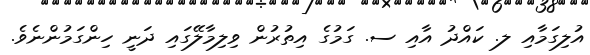
އުލިގަމާއި ލ. ކައްދު އާއި ސ. ގަމުގެ އިތުރުން ވިލިމާލޭގައި ދަނީ ހިންގަމުންނެވެ.